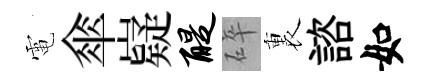
電傘嶷醍碎裏諮如